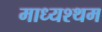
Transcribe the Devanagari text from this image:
माध्यश्थम